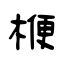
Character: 楩